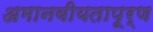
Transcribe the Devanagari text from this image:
अमानवीयतापूर्ण